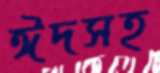
ঈদসহ